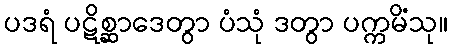
ပဒရံ ပဋိစ္ဆာဒေတွာ ပံသုံ ဒတွာ ပက္ကမိံသု။